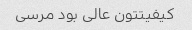
کیفیتتون عالی بود مرسی